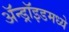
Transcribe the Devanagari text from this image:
ॲन्ड्रॉइडमध्ये